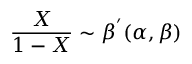
{ \frac { X } { 1 - X } } \sim { \beta ^ { ' } } ( \alpha , \beta )